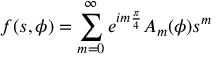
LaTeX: f ( s , \phi ) = \sum _ { m = 0 } ^ { \infty } e ^ { i m { \frac { \pi } { 4 } } } A _ { m } ( \phi ) s ^ { m }